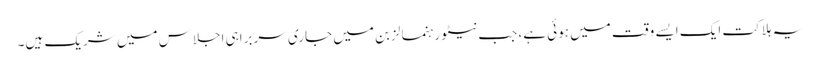
یہ ہلاکت ایک ایسے وقت میں ہوئی ہے، جب نیٹو رہنما لزبن میں جاری سربراہی اجلاس میں شریک ہیں۔